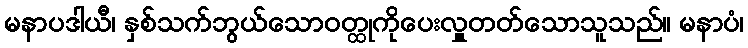
မနာပဒါယီ၊ နှစ်သက်ဘွယ်သောဝတ္ထုကိုပေးလှူတတ်သောသူသည်။ မနာပံ၊